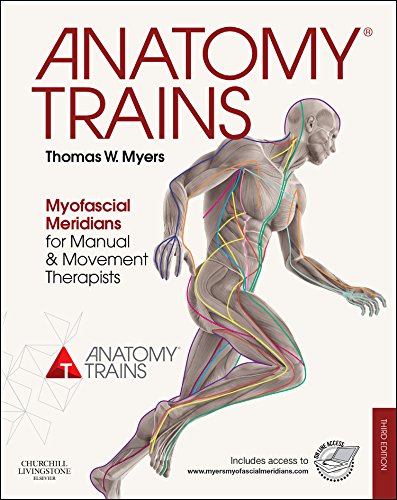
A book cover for Anatomy Trains: Myofascial Meridians for Manual and Movement Therapists, 3e; Thomas W. Myers; Medical Books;